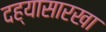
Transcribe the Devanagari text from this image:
दह्यासारखा